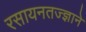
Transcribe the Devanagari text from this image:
रसायनतज्ज्ञाने